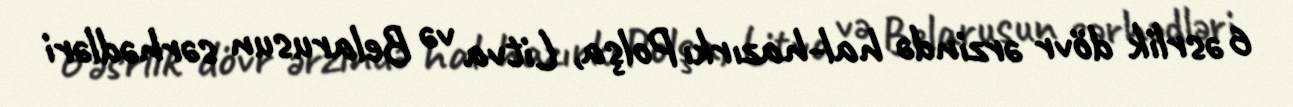
6 əsrlik dövr ərzində hal-hazırkı Polşa, Litva və Belarusun sərhədləri